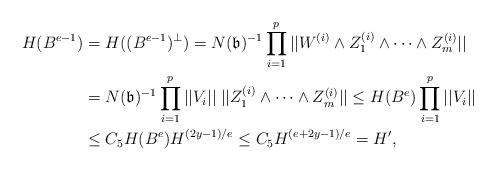
LaTeX: \begin{align*} H(B^{e-1}) &= H((B^{e-1})^{\perp}) = N(\mathfrak{b})^{-1}\prod_{i=1}^p ||W^{(i)}\wedge Z_1^{(i)}\wedge\dots\wedge Z_m^{(i)}||\\ & = N(\mathfrak{b})^{-1}\prod_{i=1}^p ||V_i||\;||Z_1^{(i)}\wedge\dots\wedge Z_m^{(i)}||\leq H(B^e) \prod_{i=1}^p ||V_i||\\ &\leq C_5H(B^e)H^{(2y-1)/e} \leq C_5H^{(e+2y-1)/e}=H', \end{align*}